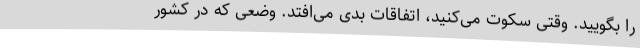
را بگویید. وقتی سکوت می‌کنید، اتفاقات بدی می‌افتد. وضعی که در کشور